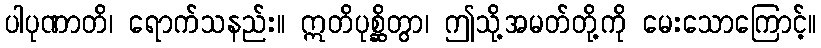
ပါပုဏာတိ၊ ရောက်သနည်း။ ဣတိပုစ္ဆိတွာ၊ ဤသို့အမတ်တို့ကို မေးသောကြောင့်။